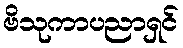
ဗိသုကာပညာရှင်